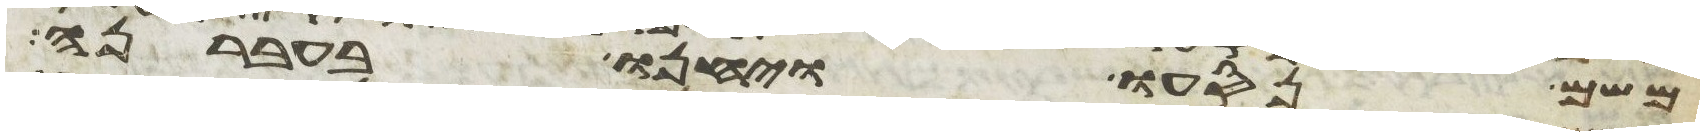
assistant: משם נסעו ויחנו בעברנה